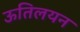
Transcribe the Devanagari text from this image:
ऊतिलयन